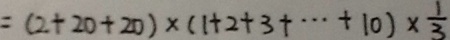
= ( 2 + 2 0 + 2 0 ) \times ( 1 + 2 + 3 + \cdots + 1 0 ) \times \frac { 1 } { 3 }